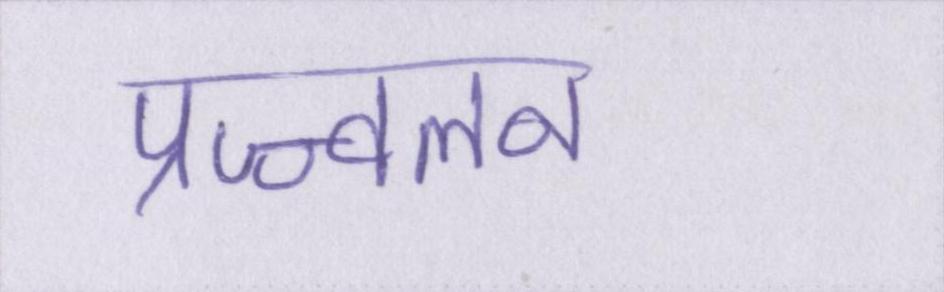
प्रज्ज्वलन